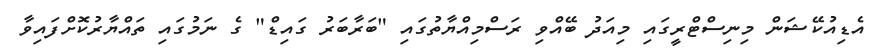
އެޑިއުކޭޝަން މިނިސްޓްރީގައި މިއަދު ބޭއްވި ރަސްމިއްޔާތުގައި "ބަރާބަރު ގައިޑް" ގެ ނަމުގައި ތައްޔާރުކޮށްފައިވާ